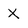
Character: X